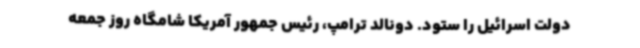
دولت اسرائیل را ستود. دونالد ترامپ، رئیس جمهور آمریکا شامگاه روز جمعه